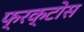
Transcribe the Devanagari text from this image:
फ्रक्टोस